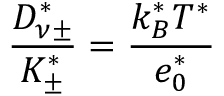
\frac { D _ { \nu \pm } ^ { * } } { K _ { \pm } ^ { * } } = \frac { k _ { B } ^ { * } T ^ { * } } { e _ { 0 } ^ { * } }